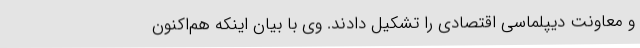
و معاونت دیپلماسی اقتصادی را تشکیل دادند. وی با بیان اینکه هم‌اکنون